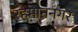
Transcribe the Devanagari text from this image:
रहमाननगर